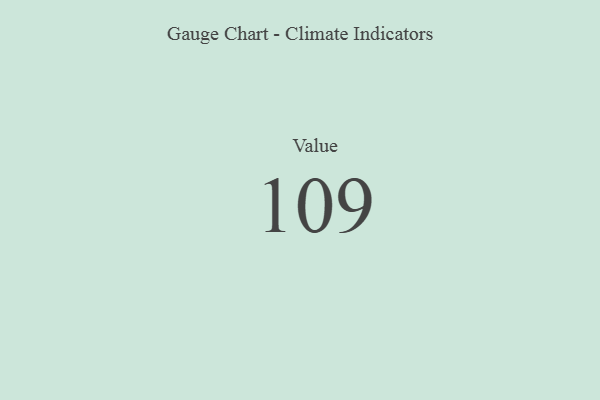
{"axis": {"x": "Metric", "y": "Value"}, "legend": [""], "data": [{"x": "Value", "y": 109, "type": ""}]}